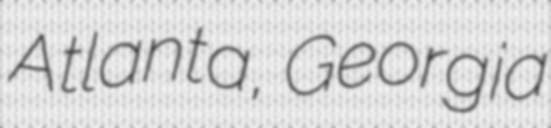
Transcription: Atlanta, Georgia